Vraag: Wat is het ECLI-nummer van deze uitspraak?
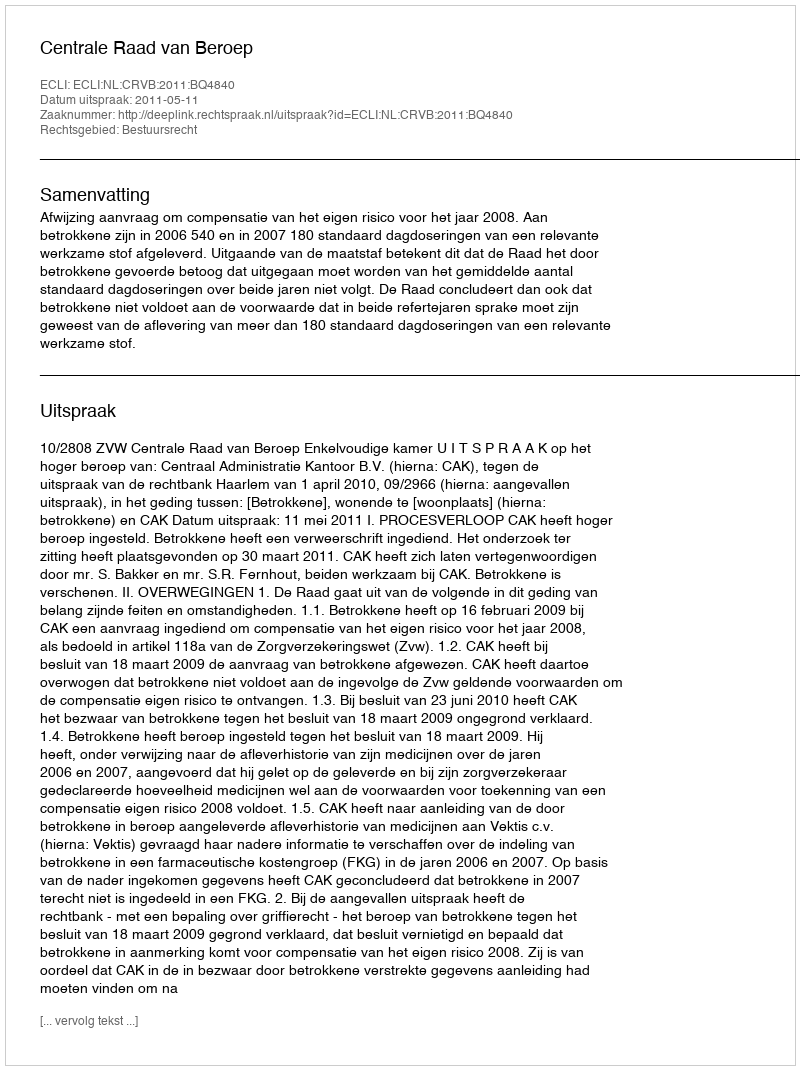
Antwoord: ECLI:NL:CRVB:2011:BQ4840